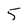
Character: 5